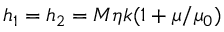
h _ { 1 } = h _ { 2 } = M \eta k ( 1 + \mu / \mu _ { 0 } )